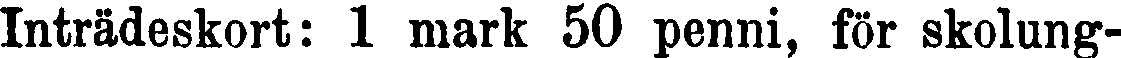
Inträdeskort: 1 mark 50 penni, för skolung-